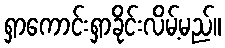
ရှာကောင်းရှာခိုင်းလိမ့်မည်။